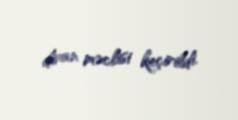
divan məclisi keçirildi.